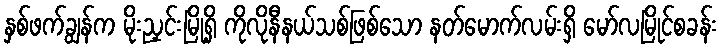
နှစ်ဖက်ချွန်က မိုးညှင်းမြို့ရှိ ကိုလိုနီနယ်သစ်ဖြစ်သော နတ်မောက်လမ်းရှိ မော်လမြိုင်စခန်း